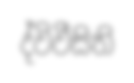
ද්විවීසිති